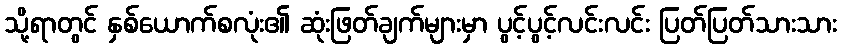
သို့ရာတွင် နှစ်ယောက်စလုံး၏ ဆုံးဖြတ်ချက်များမှာ ပွင့်ပွင့်လင်းလင်း ပြတ်ပြတ်သားသား